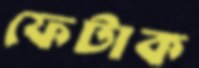
ফেটাক